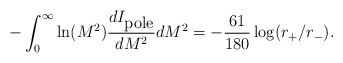
\begin{align*}-\int_{0}^{\infty}\ln(M^{2}){dI_{\mbox{pole}}\over dM^{2}}dM^{2}=-{61\over 180}\log(r_{+}/r_{-}).\end{align*}